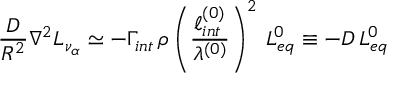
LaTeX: \frac { \cal D } { R ^ { 2 } } \nabla ^ { 2 } L _ { \nu _ { \alpha } } \simeq - \Gamma _ { i n t } \, \rho \left( \frac { \ell _ { i n t } ^ { ( 0 ) } } { \lambda ^ { ( 0 ) } } \right) ^ { 2 } \, L _ { e q } ^ { 0 } \equiv - D \, L _ { e q } ^ { 0 }